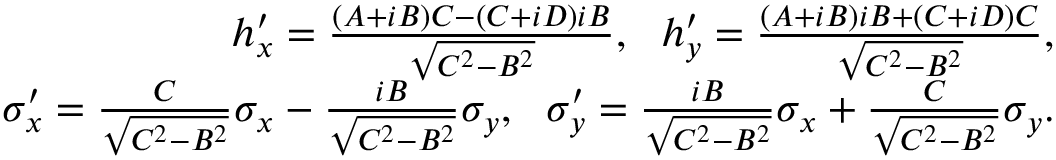
\begin{array} { r } { h _ { x } ^ { \prime } = \frac { ( A + i B ) C - ( C + i D ) i B } { \sqrt { C ^ { 2 } - B ^ { 2 } } } , ~ ~ h _ { y } ^ { \prime } = \frac { ( A + i B ) i B + ( C + i D ) C } { \sqrt { C ^ { 2 } - B ^ { 2 } } } , } \\ { \sigma _ { x } ^ { \prime } = \frac { C } { \sqrt { C ^ { 2 } - B ^ { 2 } } } \sigma _ { x } - \frac { i B } { \sqrt { C ^ { 2 } - B ^ { 2 } } } \sigma _ { y } , ~ ~ \sigma _ { y } ^ { \prime } = \frac { i B } { \sqrt { C ^ { 2 } - B ^ { 2 } } } \sigma _ { x } + \frac { C } { \sqrt { C ^ { 2 } - B ^ { 2 } } } \sigma _ { y } . } \end{array}